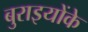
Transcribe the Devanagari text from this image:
बुराइयोंके